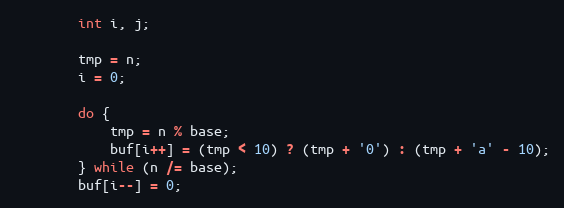
Language: C++
		int i, j;

		tmp = n;
		i = 0;

		do {
			tmp = n % base;
			buf[i++] = (tmp < 10) ? (tmp + '0') : (tmp + 'a' - 10);
		} while (n /= base);
		buf[i--] = 0;